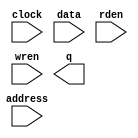
module RAMB16_S9_altera (
	address,
	clock,
	data,
	rden,
	wren,
	q);

	input	[10:0]  address;
	input	  clock;
	input	[7:0]  data;
	input	  rden;
	input	  wren;
	output	[7:0]  q;

endmodule